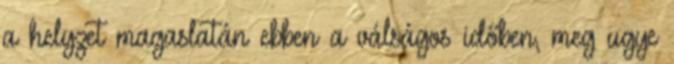
a helyzet magaslatán ebben a válságos időben, meg ugye